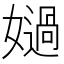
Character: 𡢤